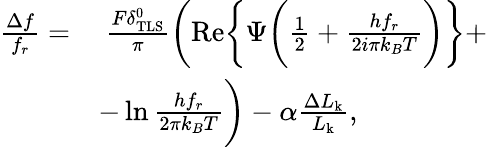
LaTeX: \begin{array}{rl}{\frac{\Delta f}{f_{r}}=}&{~\frac{F\delta_{\mathrm{TLS}}^{0}}{\pi}\bigg(\mathrm{Re}\bigg\{ \Psi\bigg(\frac{1}{2}+\frac{hf_{r}}{2i\pi k_{B}T}\bigg)\bigg\} +}\\ &{-\ln{\frac{hf_{r}}{2\pi k_{B}T}}\bigg)-\alpha\frac{\Delta L_{\mathrm{k}}}{L_{\mathrm{k}}},}\end{array}